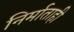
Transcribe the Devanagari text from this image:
निर्माताही